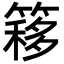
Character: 簃